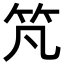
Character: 竼